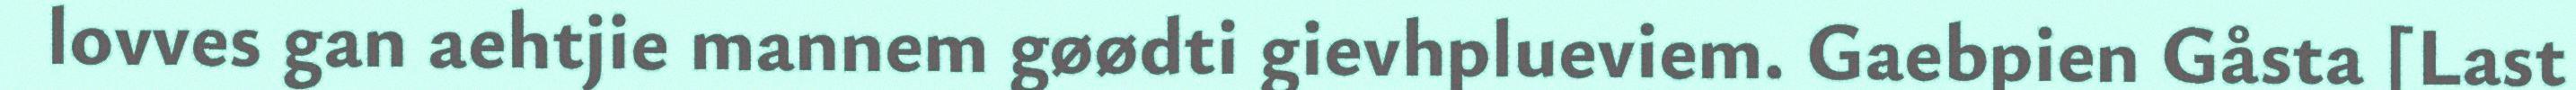
lovves gan aehtjie mannem gøødti gievhplueviem. Gaebpien Gåsta [Last